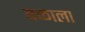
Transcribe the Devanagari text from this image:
बळाला